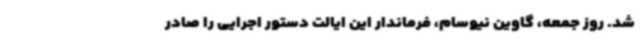
شد. روز جمعه، گاوین نیوسام، فرماندار این ایالت دستور اجرایی را صادر